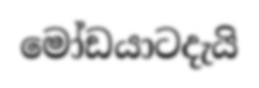
මෝඩයාටදැයි